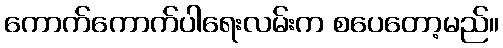
ကောက်ကောက်ပါရေးလမ်းက စပေတော့မည်။